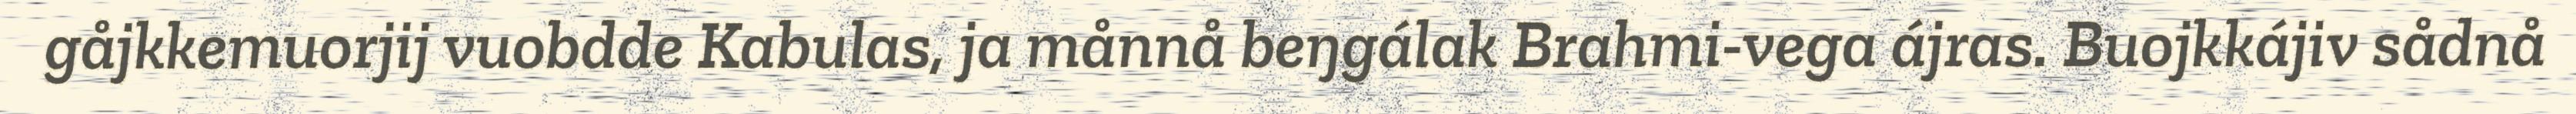
gåjkkemuorjij vuobdde Kabulas, ja månnå beŋgálak Brahmi-vega ájras. Buojkkájiv sådnå